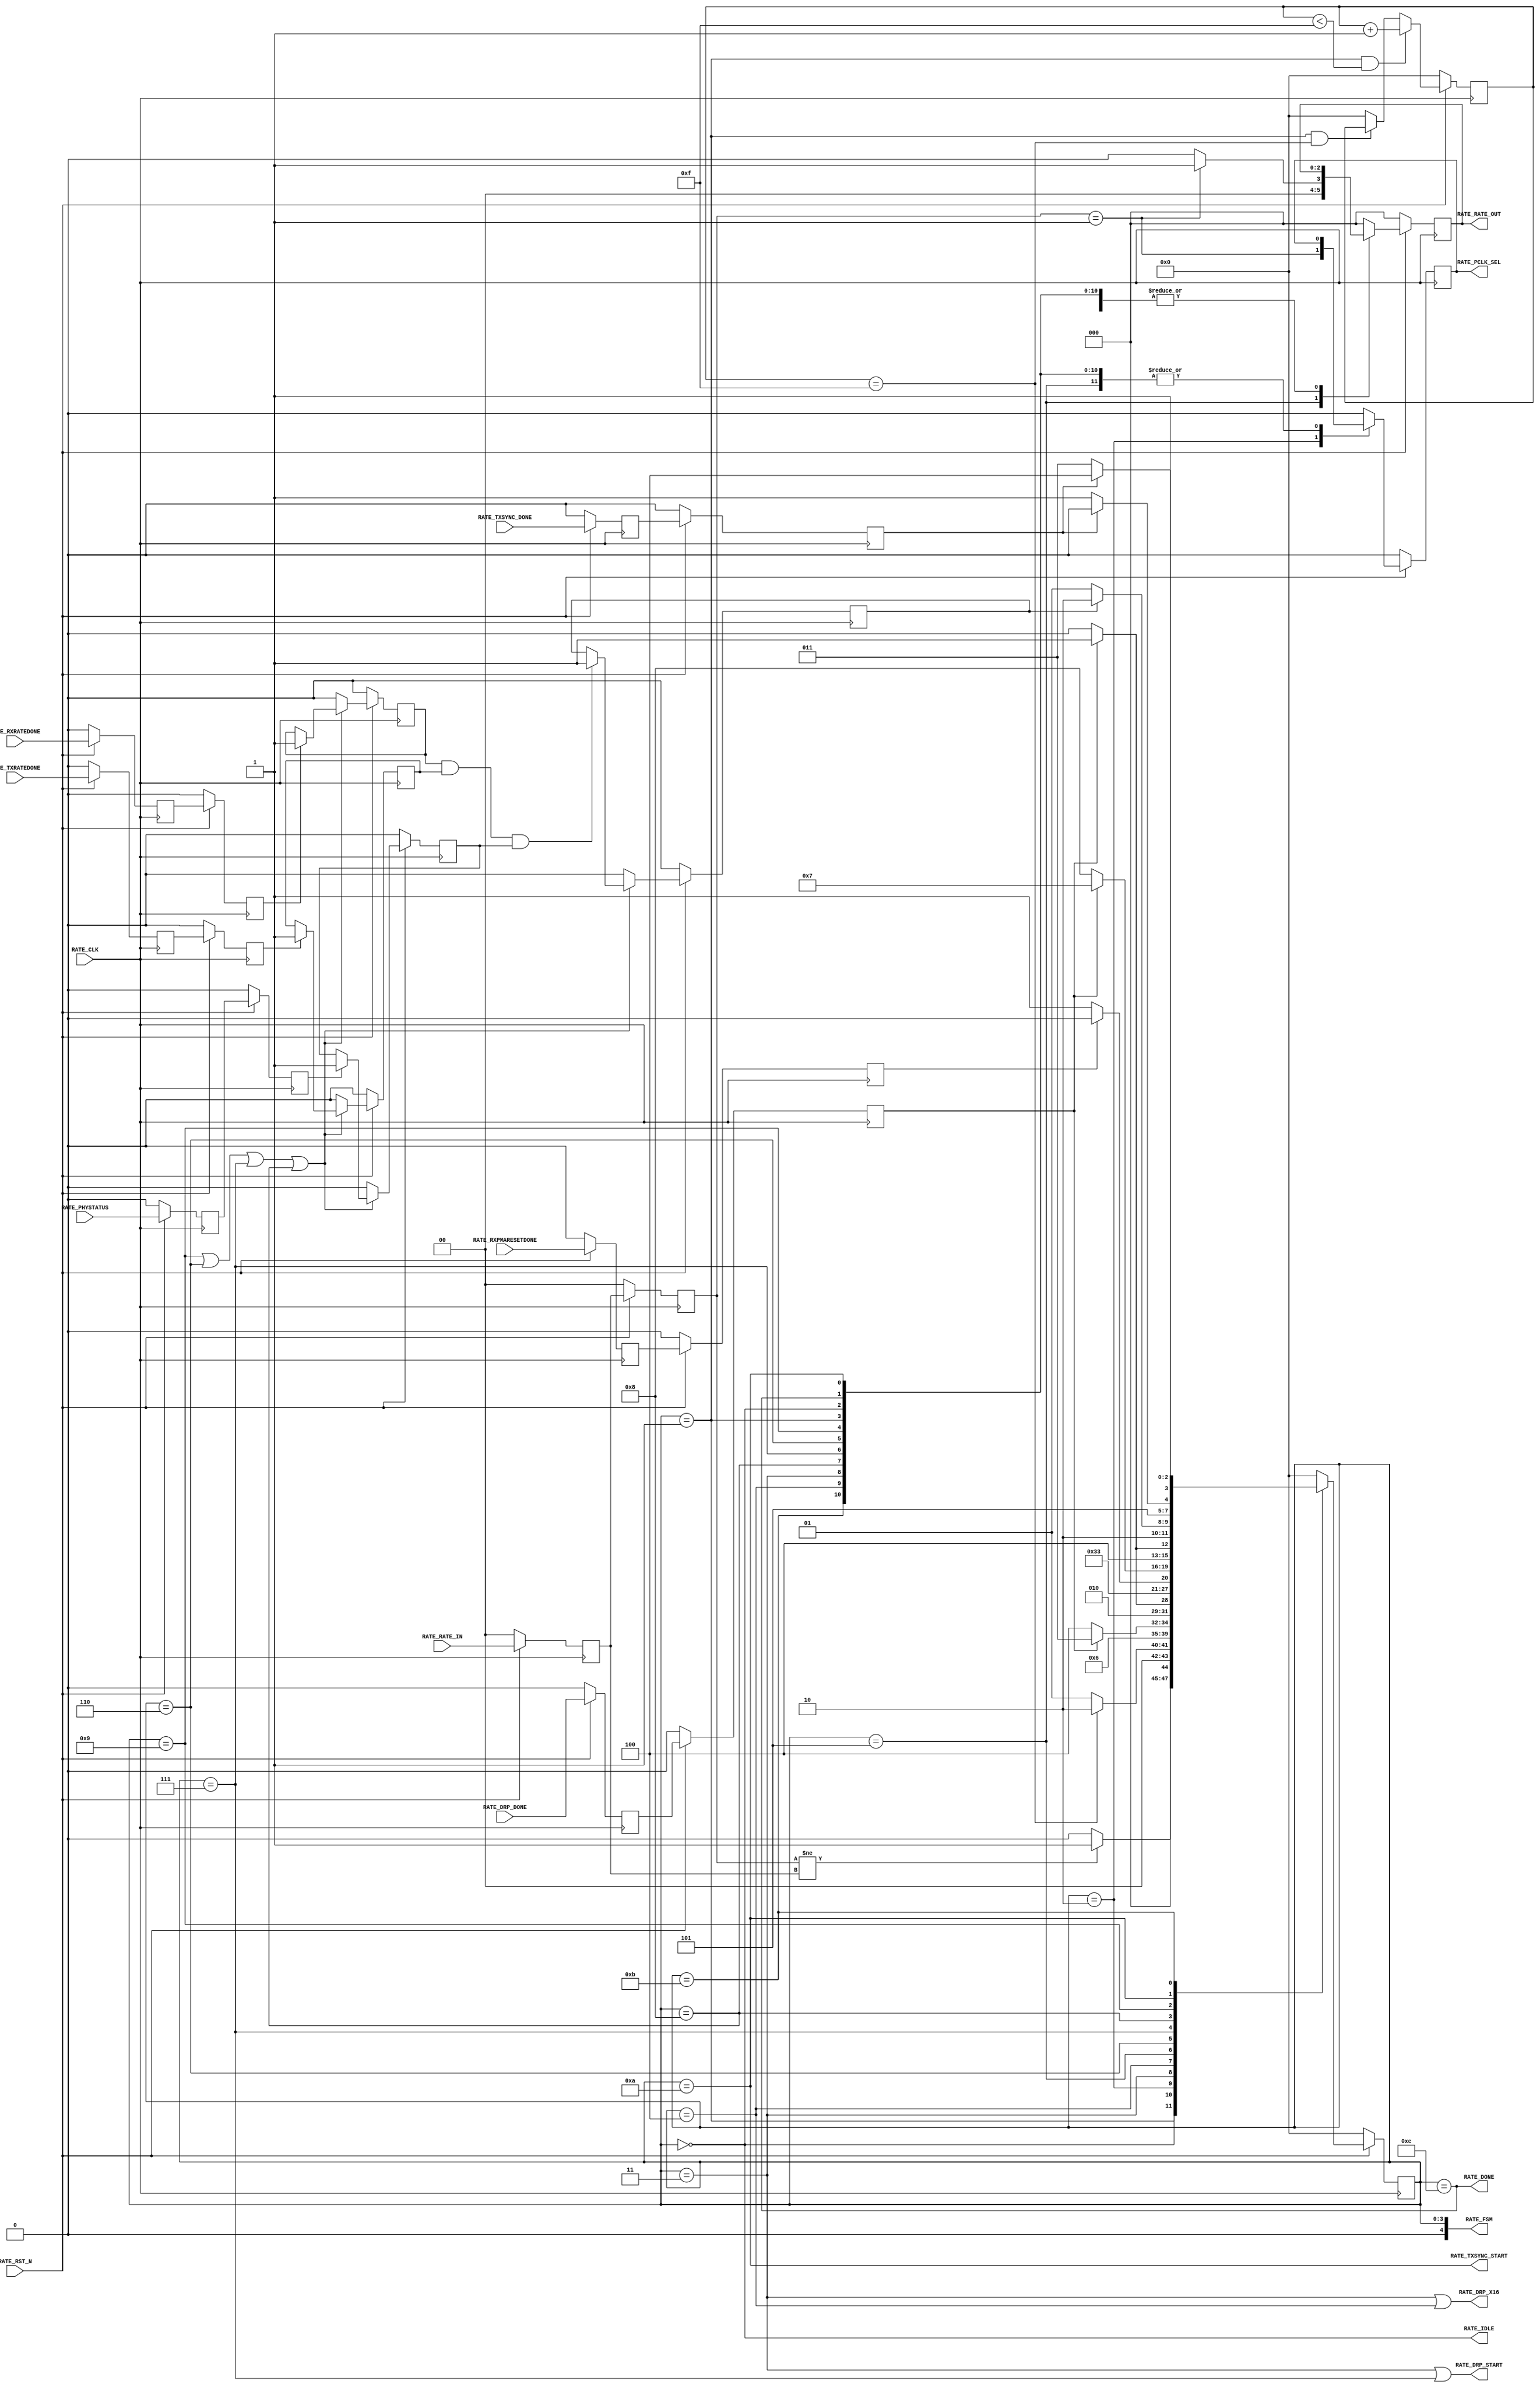
module pcieCore_gtp_pipe_rate #
(
    parameter PCIE_SIM_SPEEDUP = "FALSE",                   // PCIe sim mode
    parameter TXDATA_WAIT_MAX  = 4'd15                      // TXDATA wait max
)
(
    input               RATE_CLK,
    input               RATE_RST_N,
    input       [ 1:0]  RATE_RATE_IN,
    input               RATE_DRP_DONE,
    input               RATE_RXPMARESETDONE,
    input               RATE_TXRATEDONE,
    input               RATE_RXRATEDONE,
    input               RATE_TXSYNC_DONE,
    input               RATE_PHYSTATUS,
    output              RATE_PCLK_SEL,
    output              RATE_DRP_START,
    output              RATE_DRP_X16,
    output      [ 2:0]  RATE_RATE_OUT,
    output              RATE_TXSYNC_START,
    output              RATE_DONE,
    output              RATE_IDLE,
    output      [ 4:0]  RATE_FSM
);
(* ASYNC_REG = "TRUE", SHIFT_EXTRACT = "NO" *)    reg         [ 1:0]  rate_in_reg1;
(* ASYNC_REG = "TRUE", SHIFT_EXTRACT = "NO" *)    reg                 drp_done_reg1;
(* ASYNC_REG = "TRUE", SHIFT_EXTRACT = "NO" *)    reg                 rxpmaresetdone_reg1;
(* ASYNC_REG = "TRUE", SHIFT_EXTRACT = "NO" *)    reg                 txratedone_reg1;
(* ASYNC_REG = "TRUE", SHIFT_EXTRACT = "NO" *)    reg                 rxratedone_reg1;
(* ASYNC_REG = "TRUE", SHIFT_EXTRACT = "NO" *)    reg                 phystatus_reg1;
(* ASYNC_REG = "TRUE", SHIFT_EXTRACT = "NO" *)    reg                 txsync_done_reg1;
(* ASYNC_REG = "TRUE", SHIFT_EXTRACT = "NO" *)    reg         [ 1:0]  rate_in_reg2;
(* ASYNC_REG = "TRUE", SHIFT_EXTRACT = "NO" *)    reg                 drp_done_reg2;
(* ASYNC_REG = "TRUE", SHIFT_EXTRACT = "NO" *)    reg                 rxpmaresetdone_reg2;
(* ASYNC_REG = "TRUE", SHIFT_EXTRACT = "NO" *)    reg                 txratedone_reg2;
(* ASYNC_REG = "TRUE", SHIFT_EXTRACT = "NO" *)    reg                 rxratedone_reg2;
(* ASYNC_REG = "TRUE", SHIFT_EXTRACT = "NO" *)    reg                 phystatus_reg2;
(* ASYNC_REG = "TRUE", SHIFT_EXTRACT = "NO" *)    reg                 txsync_done_reg2;
    wire        [ 2:0]  rate;
    reg         [ 3:0]  txdata_wait_cnt = 4'd0;
    reg                 txratedone      = 1'd0;
    reg                 rxratedone      = 1'd0;
    reg                 phystatus       = 1'd0;
    reg                 ratedone        = 1'd0;
    reg                 pclk_sel =  1'd0;
    reg         [ 2:0]  rate_out =  3'd0;
    reg         [ 3:0]  fsm      =  0;
    localparam          FSM_IDLE           = 0;
    localparam          FSM_TXDATA_WAIT    = 1;
    localparam          FSM_PCLK_SEL       = 2;
    localparam          FSM_DRP_X16_START  = 3;
    localparam          FSM_DRP_X16_DONE   = 4;
    localparam          FSM_RATE_SEL       = 5;
    localparam          FSM_RXPMARESETDONE = 6;
    localparam          FSM_DRP_X20_START  = 7;
    localparam          FSM_DRP_X20_DONE   = 8;
    localparam          FSM_RATE_DONE      = 9;
    localparam          FSM_TXSYNC_START   = 10;
    localparam          FSM_TXSYNC_DONE    = 11;
    localparam          FSM_DONE           = 12; // Must sync value to pipe_user.v
always @ (posedge RATE_CLK)
begin
    if (!RATE_RST_N)
        begin
        rate_in_reg1        <= 2'd0;
        drp_done_reg1       <= 1'd0;
        rxpmaresetdone_reg1 <= 1'd0;
        txratedone_reg1     <= 1'd0;
        rxratedone_reg1     <= 1'd0;
        phystatus_reg1      <= 1'd0;
        txsync_done_reg1    <= 1'd0;
        rate_in_reg2        <= 2'd0;
        drp_done_reg2       <= 1'd0;
        rxpmaresetdone_reg2 <= 1'd0;
        txratedone_reg2     <= 1'd0;
        rxratedone_reg2     <= 1'd0;
        phystatus_reg2      <= 1'd0;
        txsync_done_reg2    <= 1'd0;
        end
    else
        begin
        rate_in_reg1        <= RATE_RATE_IN;
        drp_done_reg1       <= RATE_DRP_DONE;
        rxpmaresetdone_reg1 <= RATE_RXPMARESETDONE;
        txratedone_reg1     <= RATE_TXRATEDONE;
        rxratedone_reg1     <= RATE_RXRATEDONE;
        phystatus_reg1      <= RATE_PHYSTATUS;
        txsync_done_reg1    <= RATE_TXSYNC_DONE;
        rate_in_reg2        <= rate_in_reg1;
        drp_done_reg2       <= drp_done_reg1;
        rxpmaresetdone_reg2 <= rxpmaresetdone_reg1;
        txratedone_reg2     <= txratedone_reg1;
        rxratedone_reg2     <= rxratedone_reg1;
        phystatus_reg2      <= phystatus_reg1;
        txsync_done_reg2    <= txsync_done_reg1;
        end
end
//  Gen1 :  div 2 using [TX/RX]OUT_DIV = 2
//  Gen2 :  div 1 using [TX/RX]RATE = 3'd1
assign rate = (rate_in_reg2 == 2'd1) ? 3'd1 : 3'd0;
always @ (posedge RATE_CLK)
begin
    if (!RATE_RST_N)
        txdata_wait_cnt <= 4'd0;
    else
        if ((fsm == FSM_TXDATA_WAIT) && (txdata_wait_cnt < TXDATA_WAIT_MAX))
            txdata_wait_cnt <= txdata_wait_cnt + 4'd1;
        else if ((fsm == FSM_TXDATA_WAIT) && (txdata_wait_cnt == TXDATA_WAIT_MAX))
            txdata_wait_cnt <= txdata_wait_cnt;
        else
            txdata_wait_cnt <= 4'd0;
end
always @ (posedge RATE_CLK)
begin
    if (!RATE_RST_N)
        begin
        txratedone <= 1'd0;
        rxratedone <= 1'd0;
        phystatus  <= 1'd0;
        ratedone   <= 1'd0;
        end
    else
        begin
        if ((fsm == FSM_RATE_DONE) || (fsm == FSM_RXPMARESETDONE) || (fsm == FSM_DRP_X20_START) || (fsm == FSM_DRP_X20_DONE))
            begin
            if (txratedone_reg2)
                txratedone <= 1'd1;
            else
                txratedone <= txratedone;
            if (rxratedone_reg2)
                rxratedone <= 1'd1;
            else
                rxratedone <= rxratedone;
            if (phystatus_reg2)
                phystatus <= 1'd1;
            else
                phystatus <= phystatus;
            if (rxratedone && txratedone && phystatus)
                ratedone <= 1'd1;
            else
                ratedone <= ratedone;
            end
        else
            begin
            txratedone <= 1'd0;
            rxratedone <= 1'd0;
            phystatus  <= 1'd0;
            ratedone   <= 1'd0;
            end
        end
end
always @ (posedge RATE_CLK)
begin
    if (!RATE_RST_N)
        begin
        fsm      <= FSM_IDLE;
        pclk_sel <= 1'd0;
        rate_out <= 3'd0;
        end
    else
        begin
        case (fsm)
        FSM_IDLE :
            begin
            if (rate_in_reg2 != rate_in_reg1)
                begin
                fsm      <= FSM_TXDATA_WAIT;
                pclk_sel <= pclk_sel;
                rate_out <= rate_out;
                end
            else
                begin
                fsm      <= FSM_IDLE;
                pclk_sel <= pclk_sel;
                rate_out <= rate_out;
                end
            end
        FSM_TXDATA_WAIT :
            begin
            fsm      <= (txdata_wait_cnt == TXDATA_WAIT_MAX) ? FSM_PCLK_SEL : FSM_TXDATA_WAIT;
            pclk_sel <= pclk_sel;
            rate_out <= rate_out;
            end
        //  Gen1 : PCLK = 125 MHz
        //  Gen2 : PCLK = 250 MHz
        FSM_PCLK_SEL :
            begin
            fsm      <= (PCIE_SIM_SPEEDUP == "TRUE") ? FSM_RATE_SEL : FSM_DRP_X16_START;
            pclk_sel <= (rate_in_reg2 == 2'd1);
            rate_out <= rate_out;
            end
        FSM_DRP_X16_START :
            begin
            fsm      <= (!drp_done_reg2) ? FSM_DRP_X16_DONE : FSM_DRP_X16_START;
            pclk_sel <= pclk_sel;
            rate_out <= rate_out;
            end
        FSM_DRP_X16_DONE :
            begin
            fsm      <= drp_done_reg2 ? FSM_RATE_SEL : FSM_DRP_X16_DONE;
            pclk_sel <= pclk_sel;
            rate_out <= rate_out;
            end
        FSM_RATE_SEL :
            begin
            fsm      <= (PCIE_SIM_SPEEDUP == "TRUE") ? FSM_RATE_DONE : FSM_RXPMARESETDONE;
            pclk_sel <= pclk_sel;
            rate_out <= rate;                               // Update [TX/RX]RATE
            end
        FSM_RXPMARESETDONE :
            begin
            fsm      <= (!rxpmaresetdone_reg2) ? FSM_DRP_X20_START : FSM_RXPMARESETDONE;
            pclk_sel <= pclk_sel;
            rate_out <= rate_out;
            end
        FSM_DRP_X20_START :
            begin
            fsm      <= (!drp_done_reg2) ? FSM_DRP_X20_DONE : FSM_DRP_X20_START;
            pclk_sel <= pclk_sel;
            rate_out <= rate_out;
            end
        FSM_DRP_X20_DONE :
            begin
            fsm      <= drp_done_reg2 ? FSM_RATE_DONE : FSM_DRP_X20_DONE;
            pclk_sel <= pclk_sel;
            rate_out <= rate_out;
            end
        FSM_RATE_DONE :
            begin
            if (ratedone)
                fsm <= FSM_TXSYNC_START;
            else
                fsm <= FSM_RATE_DONE;
            pclk_sel <= pclk_sel;
            rate_out <= rate_out;
            end
        FSM_TXSYNC_START:
            begin
            fsm      <= (!txsync_done_reg2 ? FSM_TXSYNC_DONE : FSM_TXSYNC_START);
            pclk_sel <= pclk_sel;
            rate_out <= rate_out;
            end
        FSM_TXSYNC_DONE:
            begin
            fsm      <= (txsync_done_reg2 ? FSM_DONE : FSM_TXSYNC_DONE);
            pclk_sel <= pclk_sel;
            rate_out <= rate_out;
            end
        FSM_DONE :
            begin
            fsm      <= FSM_IDLE;
            pclk_sel <= pclk_sel;
            rate_out <= rate_out;
            end
        default :
            begin
            fsm      <= FSM_IDLE;
            pclk_sel <= 1'd0;
            rate_out <= 3'd0;
            end
        endcase
        end
end
assign RATE_PCLK_SEL     = pclk_sel;
assign RATE_DRP_START    = (fsm == FSM_DRP_X16_START) || (fsm == FSM_DRP_X20_START);
assign RATE_DRP_X16      = (fsm == FSM_DRP_X16_START) || (fsm == FSM_DRP_X16_DONE);
assign RATE_RATE_OUT     = rate_out;
assign RATE_TXSYNC_START = (fsm == FSM_TXSYNC_START);
assign RATE_DONE         = (fsm == FSM_DONE);
assign RATE_IDLE         = (fsm == FSM_IDLE);
assign RATE_FSM          = {1'd0, fsm};
endmodule